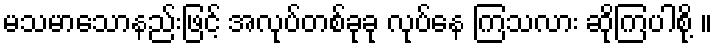
မသမာသောနည်းဖြင့် အလုပ်တစ်ခုခု လုပ်နေ ကြသလား ဆိုကြပါစို့ ။